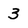
Character: 3